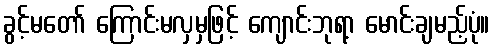
ခွင့်မတော် ကြောင်းမလှမှဖြင့် ကျောင်းဘုရာ့ မောင်းချမည့်ပုံ။